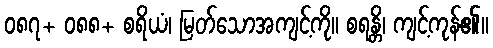
၀၈၇+ ၀၈၈+ စရိယံ၊ မြတ်သောအကျင့်ကို။ စရန္တိ၊ ကျင့်ကုန်၏။